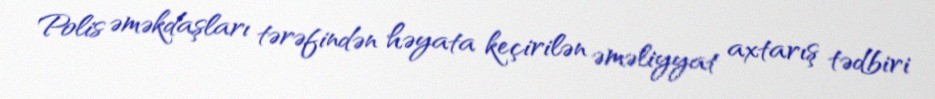
Polis əməkdaşları tərəfindən həyata keçirilən əməliyyat axtarış tədbiri